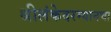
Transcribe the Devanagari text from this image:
श्रीलंकेदरम्यानचा